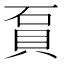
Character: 𧵔